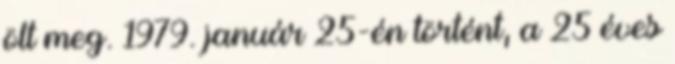
ölt meg. 1979. január 25-én történt, a 25 éves